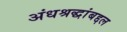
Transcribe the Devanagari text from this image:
अंधश्रद्धांबद्दल